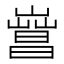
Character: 𣋎